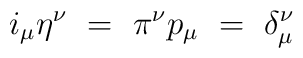
i_\mu \eta^\nu ~=~ \pi^\nu p_\mu ~=~ \delta^\nu_\mu